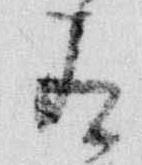
有